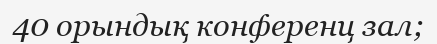
40 орындық конференц зал;